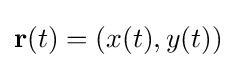
\mathbf {r} (t)=(x(t),y(t))